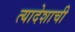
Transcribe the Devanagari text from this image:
त्यादेशाची